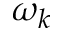
\omega _ { k }